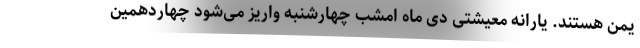
یمن هستند. یارانه معیشتی دی ماه امشب چهارشنبه واریز می‌شود چهاردهمین